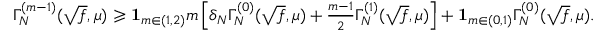
\begin{array} { r } { \Gamma _ { N } ^ { ( m - 1 ) } ( \sqrt { f } , \mu ) \geqslant \mathbf { 1 } _ { m \in ( 1 , 2 ) } m \left[ \delta _ { N } \Gamma _ { N } ^ { ( 0 ) } ( \sqrt { f } , \mu ) + \frac { m - 1 } { 2 } \Gamma _ { N } ^ { ( 1 ) } ( \sqrt { f } , \mu ) \right] + \mathbf { 1 } _ { m \in ( 0 , 1 ) } \Gamma _ { N } ^ { ( 0 ) } ( \sqrt { f } , \mu ) . } \end{array}